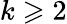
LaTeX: k\geqslant 2